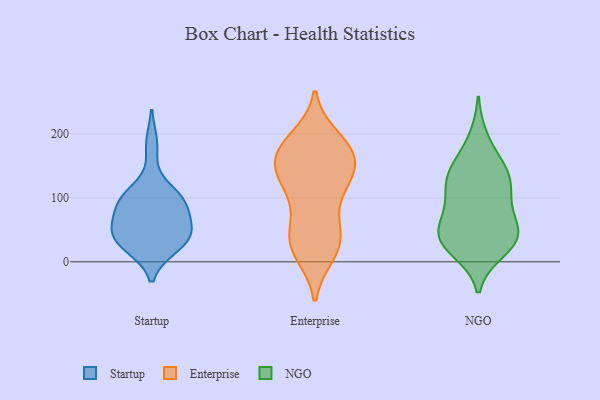
{"axis": {"x": "Temperature (°C)", "y": "Value"}, "legend": ["Enterprise", "NGO", "Startup"], "data": [{"x": "", "y": 24, "type": "Startup"}, {"x": "", "y": 183, "type": "Startup"}, {"x": "", "y": 44, "type": "Startup"}, {"x": "", "y": 98, "type": "Startup"}, {"x": "", "y": 54, "type": "Startup"}, {"x": "", "y": 27, "type": "Startup"}, {"x": "", "y": 54, "type": "Startup"}, {"x": "", "y": 101, "type": "Startup"}, {"x": "", "y": 84, "type": "Startup"}, {"x": "", "y": 47, "type": "Startup"}, {"x": "", "y": 30, "type": "Startup"}, {"x": "", "y": 102, "type": "Startup"}, {"x": "", "y": 94, "type": "Startup"}, {"x": "", "y": 133, "type": "Enterprise"}, {"x": "", "y": 35, "type": "Enterprise"}, {"x": "", "y": 13, "type": "Enterprise"}, {"x": "", "y": 13, "type": "Enterprise"}, {"x": "", "y": 153, "type": "Enterprise"}, {"x": "", "y": 193, "type": "Enterprise"}, {"x": "", "y": 50, "type": "Enterprise"}, {"x": "", "y": 178, "type": "Enterprise"}, {"x": "", "y": 171, "type": "Enterprise"}, {"x": "", "y": 178, "type": "Enterprise"}, {"x": "", "y": 139, "type": "Enterprise"}, {"x": "", "y": 34, "type": "Enterprise"}, {"x": "", "y": 104, "type": "Enterprise"}, {"x": "", "y": 68, "type": "Enterprise"}, {"x": "", "y": 180, "type": "Enterprise"}, {"x": "", "y": 142, "type": "Enterprise"}, {"x": "", "y": 123, "type": "Enterprise"}, {"x": "", "y": 30, "type": "Enterprise"}, {"x": "", "y": 176, "type": "Enterprise"}, {"x": "", "y": 127, "type": "Enterprise"}, {"x": "", "y": 138, "type": "NGO"}, {"x": "", "y": 155, "type": "NGO"}, {"x": "", "y": 136, "type": "NGO"}, {"x": "", "y": 41, "type": "NGO"}, {"x": "", "y": 113, "type": "NGO"}, {"x": "", "y": 18, "type": "NGO"}, {"x": "", "y": 32, "type": "NGO"}, {"x": "", "y": 84, "type": "NGO"}, {"x": "", "y": 43, "type": "NGO"}, {"x": "", "y": 25, "type": "NGO"}, {"x": "", "y": 133, "type": "NGO"}, {"x": "", "y": 193, "type": "NGO"}, {"x": "", "y": 75, "type": "NGO"}, {"x": "", "y": 108, "type": "NGO"}, {"x": "", "y": 43, "type": "NGO"}, {"x": "", "y": 46, "type": "NGO"}]}